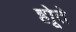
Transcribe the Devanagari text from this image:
होूते